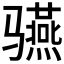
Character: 𱅬